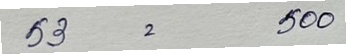
53 = 500